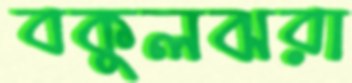
বকুলঝরা